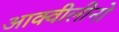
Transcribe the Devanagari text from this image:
आक्वीलीनो